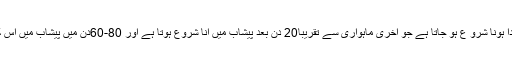
ابتدائے حمل میں ایک ایسا ہارمون پیدا ہونا شرو ع ہو جاتا ہے جو آخری ماہواری سے تقریباً20 دن بعد پیشاب میں آنا شروع ہوتا ہے اور 80-60دن میں پیشاب میں اس کی مقدار اپنی انتہا پر پہنچ جاتی ہے۔